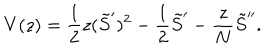
V ( z ) = \frac 1 2 z ( \tilde { S } ^ { \prime } ) ^ { 2 } - \frac 1 2 \tilde { S } ^ { \prime } - \frac z N \tilde { S } ^ { \prime \prime } .